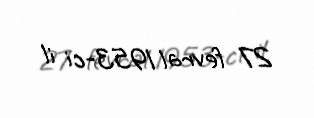
27 fevral 1953-ci il